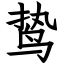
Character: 鸷